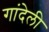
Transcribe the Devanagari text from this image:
गांदेली